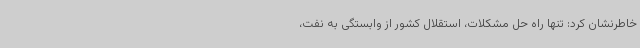
خاطرنشان کرد: تنها راه حل مشکلات، استقلال کشور از وابستگی به نفت،